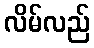
လိမ်လည်